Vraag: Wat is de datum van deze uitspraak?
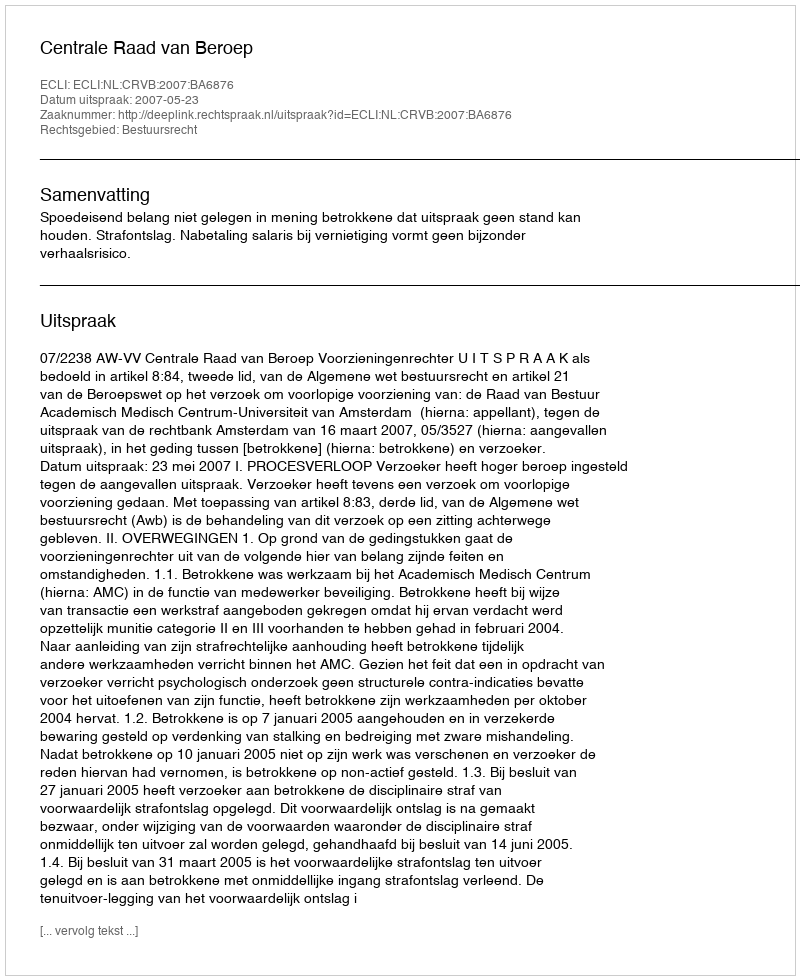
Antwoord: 2007-05-23